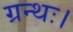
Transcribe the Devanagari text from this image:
ग्रन्थः।